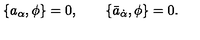
\{ a _ { \alpha } , \phi \} = 0 , \qquad \{ \bar { a } _ { \dot { \alpha } } , \phi \} = 0 .